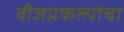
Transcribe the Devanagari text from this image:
वीजप्रकल्पांचा